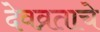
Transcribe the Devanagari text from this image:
देवव्रताचे